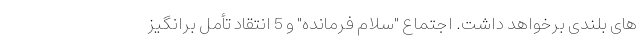
های بلندی برخواهد داشت. اجتماع "سلام فرمانده" و 5 انتقاد تأمل برانگیز